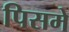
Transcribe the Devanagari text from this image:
पिसमे